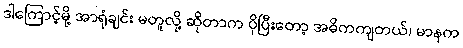
ဒါကြောင့်မို့ အာရုံချင်း မတူလို့ ဆိုတာက ပိုပြီးတော့ အဓိကကျတယ်၊ မာနက